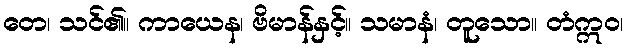
တေ၊ သင်၏။ ကာယေန၊ ဗိမာန်နှင့်။ သမာနံ၊ တူသော။ တံဣဝ၊